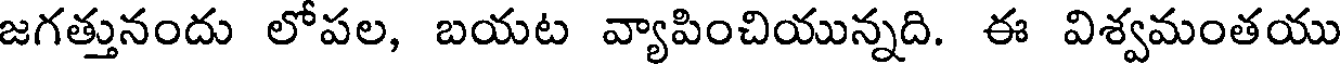
జగత్తునందు లోపల, బయట వ్యాపించియున్నది. ఈ విశ్వమంతయు